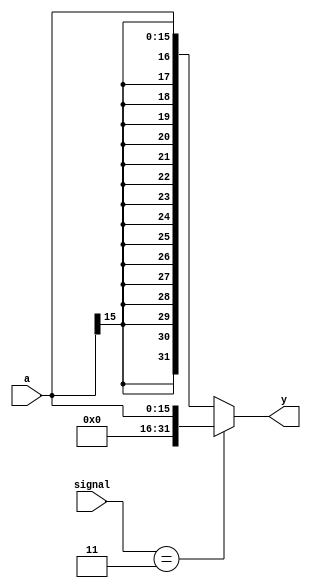
`timescale 1ns / 1ps
//////////////////////////////////////////////////////////////////////////////////
// Company: 
// Engineer: 
// 
// Design Name: 
// Module Name: signext
// Project Name: 
// Target Devices: 
// Tool Versions: 
// Description: 
// 
// Dependencies: 
// 
// Revision:
// Revision 0.01 - File Created
// Additional Comments:
// 
//////////////////////////////////////////////////////////////////////////////////


module signext(
	input wire[15:0] a,
	input wire [1:0] signal,//inst[29:28]==2'b11
	output wire[31:0] y
    );

	assign y = (signal==2'b11)? {{16{1'b0}},a} : {{16{a[15]}},a};
endmodule